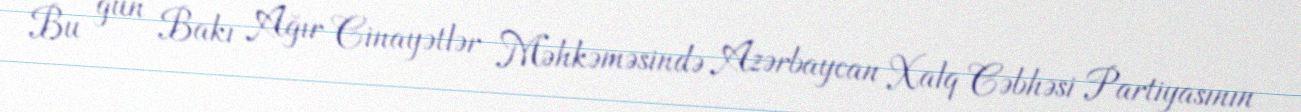
Bu gün Bakı Ağır Cinayətlər Məhkəməsində Azərbaycan Xalq Cəbhəsi Partiyasının